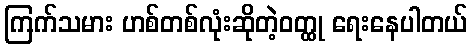
ကြက်သမား ဟစ်တစ်လုံးဆိုတဲ့ဝတ္ထု ရေးနေပါတယ်